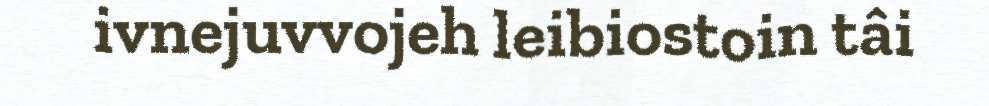
ivnejuvvojeh leibiostoin tâi